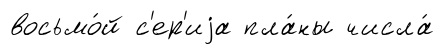
восьмо́й с'ер'иjа пла́ны числа́